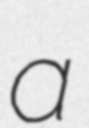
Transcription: a